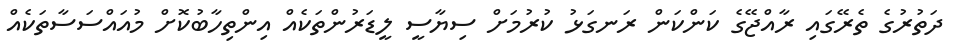
ދަތުރުގެ ތެރޭގައި ރާއްޖޭގެ ކަންކަން ރަނގަޅު ކުރުމަށް ސިޔާސީ ލީޑަރުންތަކެއް އިންތިހާބުކޮށް މުއައްސަސާތަކެއް